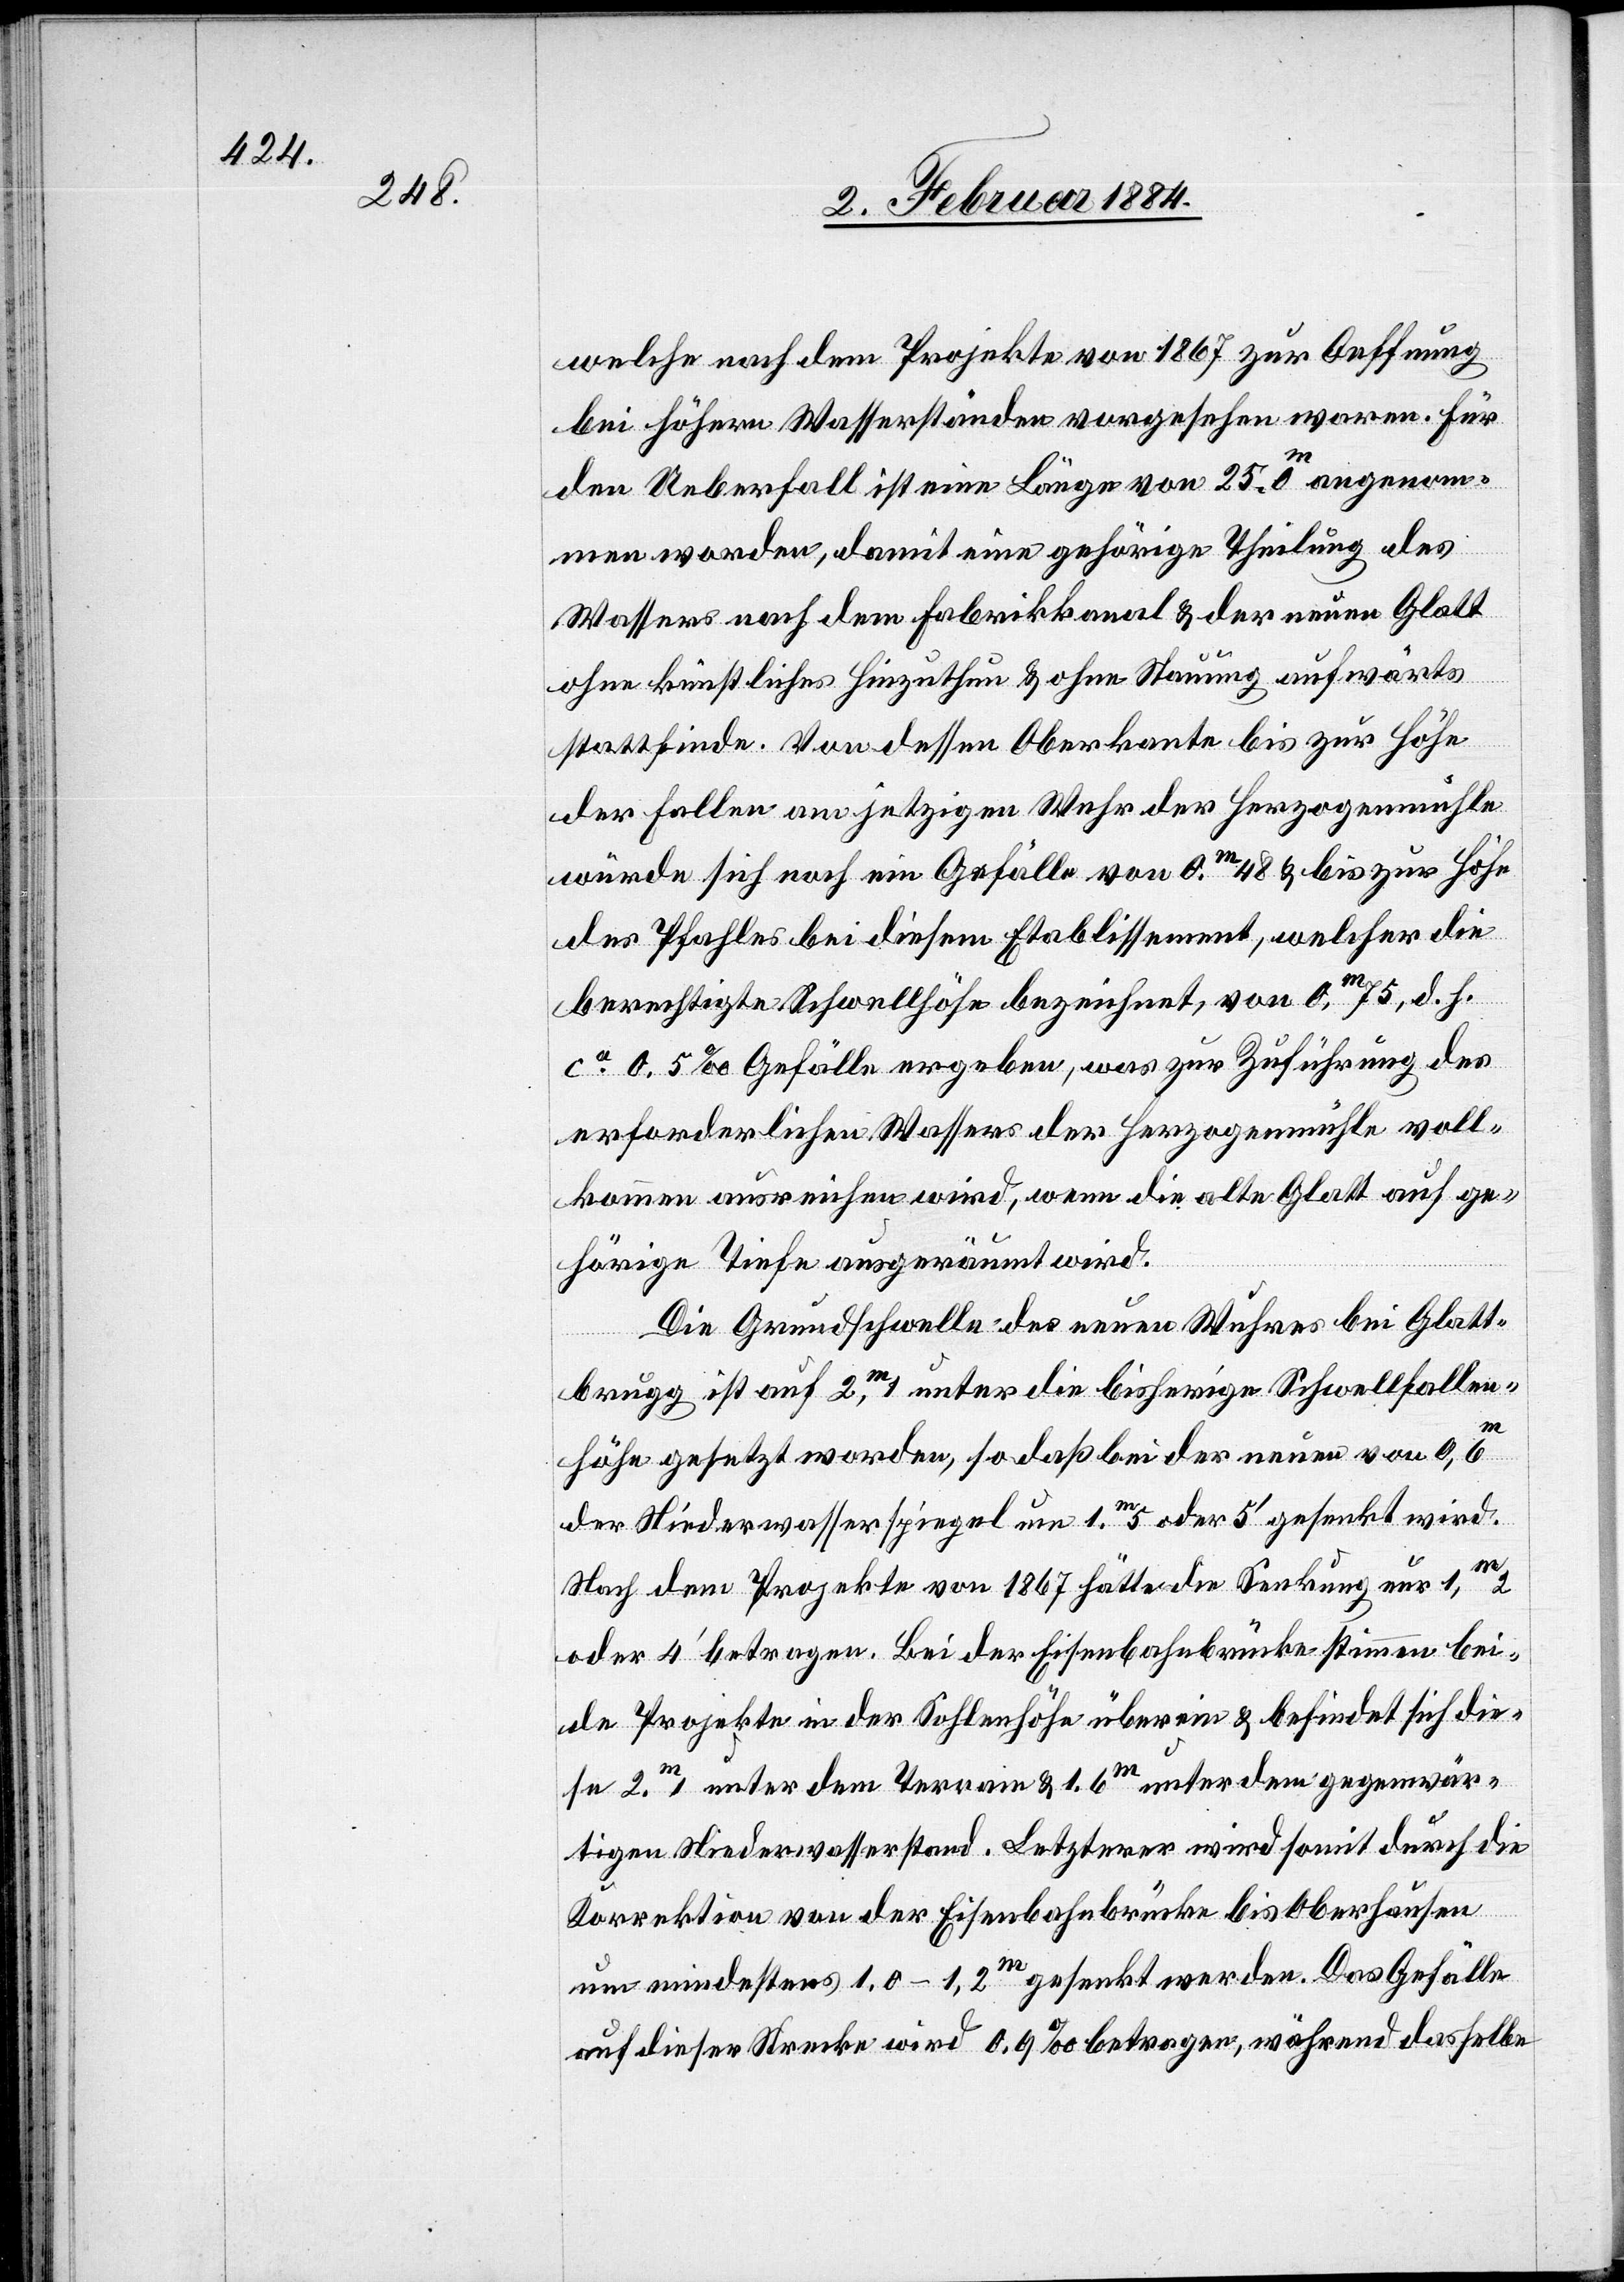
welche nach dem Projekte von 1867 zur Oeffnung
bei höhern Wasserständen vorgesehen waren. Für
den Ueberfall ist eine Länge von 25,m 0 angenom¬
men worden, damit eine gehörige Theilung des
Wassers nach dem Fabrikkanal & der neuen Glatt
ohne künstliches Hinzuthun & ohne Stauung aufwärts
stattfinde. Von dessen Oberkante bis zur Höhe
der Falle an jetzigem Wehr der Herzogenmühle
würde sich noch ein Gefälle von 0,m 48 & bis zur Höhe
des Pfahles bei diesem Etablissement, welcher die
berechtigte Schwellenhöhe bezeichnet, von 0,m 75, d. h.
ca 0,5% Gefälle ergeben, was zur Zuführung des
erforderlichen Wassers der Herzogenmühle voll¬
kommen ausreichen wird, wenn die alte Glatt auf ge¬
hörige Tiefe ausgeräumt wird.
Die Grundschwelle des neuen Wuhres bei Glatt¬
brugg ist auf 2,m 1 unter die bisherige Schwellfallen¬
höhe gesetzt worden, so daß bei der neuen von 0,m 6
der Niederwasserspiegel um 1,m 5 oder 5’ gesenkt wird.
Nach dem Projekte von 1867 hätte die Senkung nur 1,m 2
oder 4’ betragen. Bei der Eisenbahnbrücke stimmen bei¬
de Projekte in der Sohlenhöhe überein & befindet sich die¬
se 2,m 1 unter dem Terrain & 1,m 6 unter den gegenwär¬
tigen Niederwasserstand. Letzterer wird somit durch die
Korrektion von der Eisenbahnbrücke bis Oberhausen
um mindestens 1,0–1,2m gesenkt werden. Das Gefälle
auf dieser Strecke wird 0,9% betragen, während dasselbe